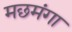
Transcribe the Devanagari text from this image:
मछमंगा